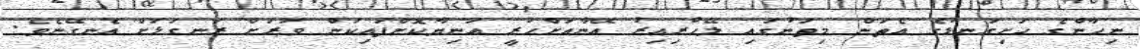
ނިހާންގެ ހަށިގަނޑުގެ އެތަން މިތަނުގައި ލޭހުރިއިރު އޭނާއަށްހުރީ އަނިޔާކޮށްފައިކަން ވަރަށް ރަނގަޅަށް އެނގޭނެވެ.